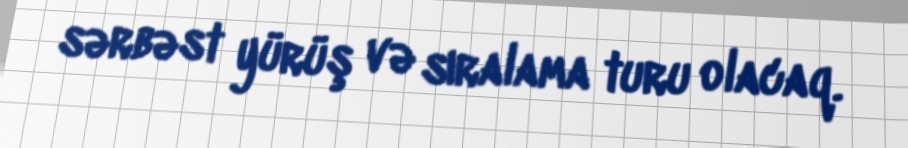
sərbəst yürüş və sıralama turu olacaq.